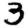
Digit: 3